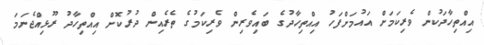
އިއްތިހާދަކުން ވެރިކަމަށް އައުމަށްފަހު އިއްތިހާދުގެ ބައިވެރިން ވެރިކަމުގެ ތެރެއިން ދުރުކޮށް އިއްތިހާދު ރޫޅިއްޖެނަމަ